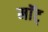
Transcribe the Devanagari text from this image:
माॅट्